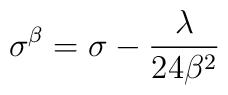
\sigma^{\beta}=\sigma-\frac{\lambda}{24\beta^2}